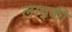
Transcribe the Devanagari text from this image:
लाद्की